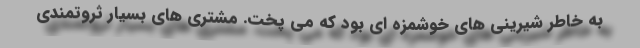
به خاطر شیرینی های خوشمزه ای بود که می پخت. مشتری های بسیار ثروتمندی